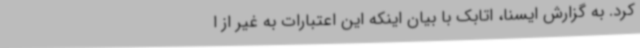
کرد. به گزارش ایسنا، اتابک با بیان اینکه این اعتبارات به غیر از ا